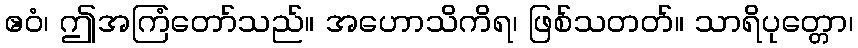
ဧဝံ၊ ဤအကြံတော်သည်။ အဟောသိကိရ၊ ဖြစ်သတတ်။ သာရိပုတ္တော၊